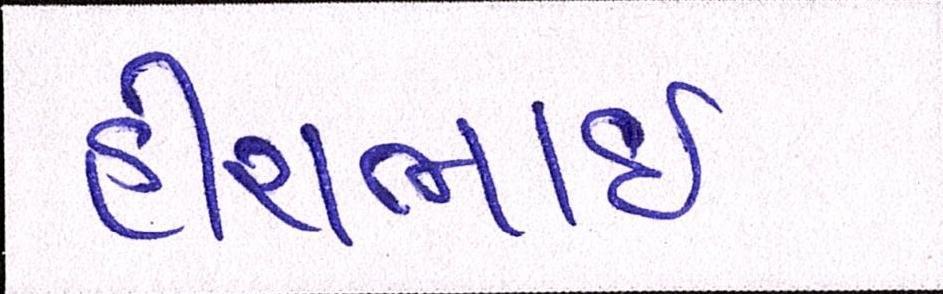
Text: હીરાભાઇ